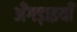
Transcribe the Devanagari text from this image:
अँगड़ाइयाँ